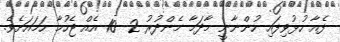
ފެއާ ހުޅުވިފައި ހުންނާނީ މާދަމާ މެންދުރު 2- 10 އެއް ޖެހުމާ ހަމައަށެވެ.